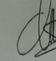
Signature authenticity: genuine